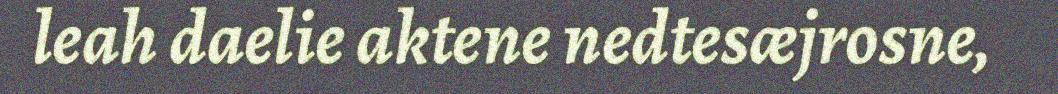
leah daelie aktene nedtesæjrosne,